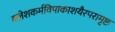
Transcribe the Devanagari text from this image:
क्लेशकर्मविपाकाशयैरपरामृष्टः